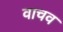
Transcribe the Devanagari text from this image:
वाचव